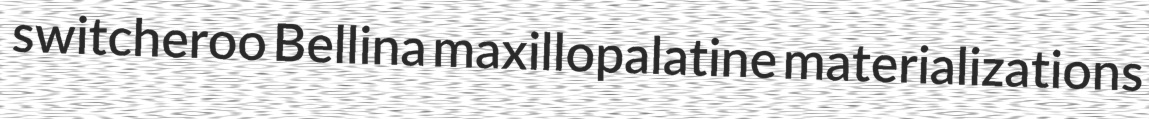
switcheroo Bellina maxillopalatine materializations